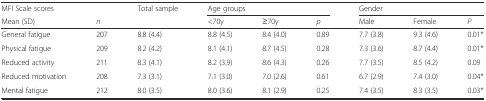
<table><thead><tr><td><b>MFI Scale scores</b></td><td></td><td><b>Total sample</b></td><td colspan="3"><b>Age groups</b></td><td colspan="3"><b>Gender</b></td></tr><tr><td><b>Mean (SD)</b></td><td><b><i>n</i></b></td><td></td><td><b>&lt;70y</b></td><td><b>≥70y</b></td><td><b><i>p</i></b></td><td><b>Male</b></td><td><b>Female</b></td><td><b><i>P</i></b></td></tr></thead><tbody><tr><td>General fatigue</td><td>207</td><td>8.8 (4.4)</td><td>8.8 (4.5)</td><td>8.4 (4.0)</td><td>0.89</td><td>7.7 (3.8)</td><td>9.3 (4.6)</td><td>0.01*</td></tr><tr><td>Physical fatigue</td><td>209</td><td>8.2 (4.2)</td><td>8.1 (4.1)</td><td>8.7 (4.5)</td><td>0.28</td><td>7.3 (3.6)</td><td>8.7 (4.4)</td><td>0.01*</td></tr><tr><td>Reduced activity</td><td>211</td><td>8.3 (4.1)</td><td>8.2 (3.9)</td><td>8.6 (4.3)</td><td>0.26</td><td>7.7 (3.5)</td><td>8.5 (4.2)</td><td>0.09</td></tr><tr><td>Reduced motivation</td><td>208</td><td>7.3 (3.1)</td><td>7.1 (3.0)</td><td>7.0 (2.6)</td><td>0.61</td><td>6.7 (2.9)</td><td>7.4 (3.0)</td><td>0.04*</td></tr><tr><td>Mental fatigue</td><td>212</td><td>8.0 (3.5)</td><td>8.0 (3.6)</td><td>8.1 (2.9)</td><td>0.25</td><td>7.4 (3.5)</td><td>8.3 (3.5)</td><td>0.03*</td></tr></tbody></table>